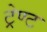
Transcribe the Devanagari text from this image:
ट्रेण्ट